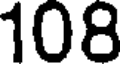
108